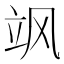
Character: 飒